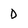
Character: D